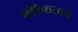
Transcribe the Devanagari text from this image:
कॉकेशसाने